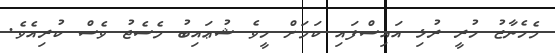
މެހެނާޒު ހުރީ ރުޅި އައިސްފައި ކަމަށް ހީވެ ޝުޢައިބު މެސެޖު ވެސް ކުރިއެވެ.